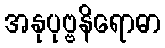
အနုပုဗ္ဗနိရောဓာ